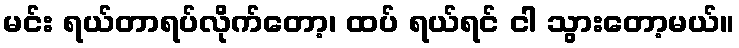
မင်း ရယ်တာရပ်လိုက်တော့၊ ထပ် ရယ်ရင် ငါ သွားတော့မယ်။